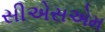
સીએસએમ